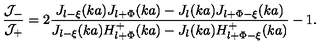
\displaystyle \frac { { \cal J } _ { - } } { { \cal J } _ { + } } = 2 \displaystyle \frac { J _ { l - \xi } ( k a ) J _ { l + \Phi } ( k a ) - J _ { l } ( k a ) J _ { l + \Phi - \xi } ( k a ) } { J _ { l - \xi } ( k a ) H _ { l + \Phi } ^ { + } ( k a ) - J _ { l } ( k a ) H _ { l + \Phi - \xi } ^ { + } ( k a ) } - 1 .